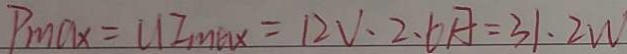
P _ { \max } = u I _ { \max } = 1 2 V \cdot 2 . 6 A = 3 1 . 2 W